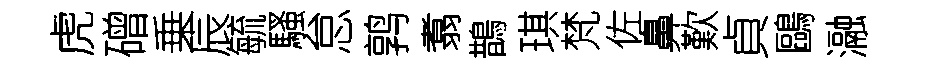
虎磳乗辰毓騷怠鹑翥鵲琪梵佐鼻歎貞鷗瀜